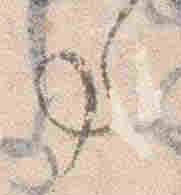
事